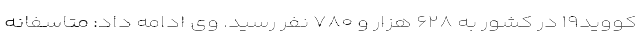
کووید۱۹ در کشور به ۶۲۸ هزار و ۷۸۰ نفر رسید. وی ادامه داد: متاسفانه